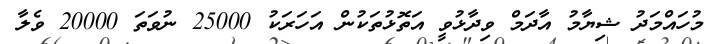
މުހައްމަދު ޝިޔާމު އާދަމް ވިދާޅުވީ އަތޮޅުތަކުން އަހަރަކު 25000 ނުވަތަ 20000 ވެލާ